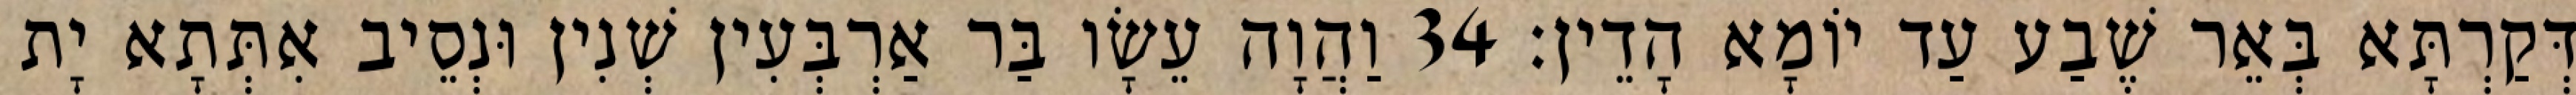
דְּקַרְתָּא בְּאֵר שֶׁבַע עַד יוֹמָא הָדֵין׃ 34 וַהֲוָה עֵשָׂו בַּר אַרְבְּעִין שְׁנִין וּנְסֵיב אִתְּתָא יָת